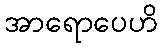
အာရောပေဟိ